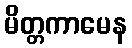
မိတ္တကာမေန